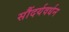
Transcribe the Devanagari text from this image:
सौंदर्यवर्धन